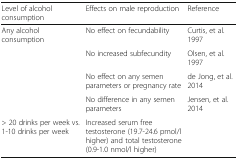
| Level of alcohol consumption | Effects on male reproduction | Reference |
 | --- | --- | --- |
 | <ROWSPAN=4> Any alcohol consumption | No effect on fecundability | Curtis, et al. 1997 |
 | No increased subfecundity | Olsen, et al. 1997 |
 | No effect on any semen parameters or pregnancy rate | de Jong, et al. 2014 |
 | No difference in any semen parameters | <ROWSPAN=2> Jensen, et al. 2014 |
 | > 20 drinks per week vs. 1-10 drinks per week | Increased serum free testosterone (19.7-24.6 pmol/l higher) and total testosterone (0.9-1.0 nmol/l higher) |